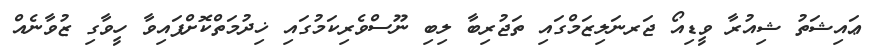
ޢައިޝަތު ޝިއުރާ ވީޑިއޯ ޖަރނަލިޒަމްގައި ތަޖުރިބާ ލިބި ނޫސްވެރިކަމުގައި ޚިދުމަތްކޮށްފައިވާ ހީވާގި ޒުވާނެއް